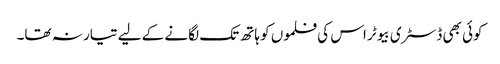
کوئی بھی ڈسٹری بیوٹر اس کی فلموں کو ہاتھ تک لگانے کے لیے تیار نہ تھا۔